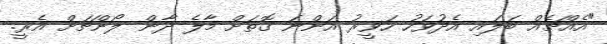
"އެއްޗެއް ބަލައި އެދުވަހު ހަވީރު އަންނަ ގޮތަށް މާލެ ދާން ލޯންޗަށް އެރީ.